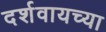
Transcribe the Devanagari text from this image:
दर्शवायच्या